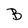
Character: B